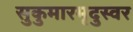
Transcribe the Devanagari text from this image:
सुकुमारमृदुस्वर